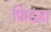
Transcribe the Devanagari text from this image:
फिदंज़ा